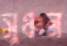
সুঞ্চন